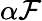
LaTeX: \alpha{\cal F}